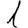
Digit: 1